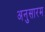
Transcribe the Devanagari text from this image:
अनुसारम